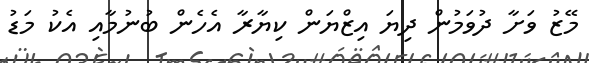
މޭޒު ވަށާ ދުވަމުން ދިޔަ އިޒްޔަން ކިޔާރާ އެހެން ބުނުމާއި އެކު މަޑު